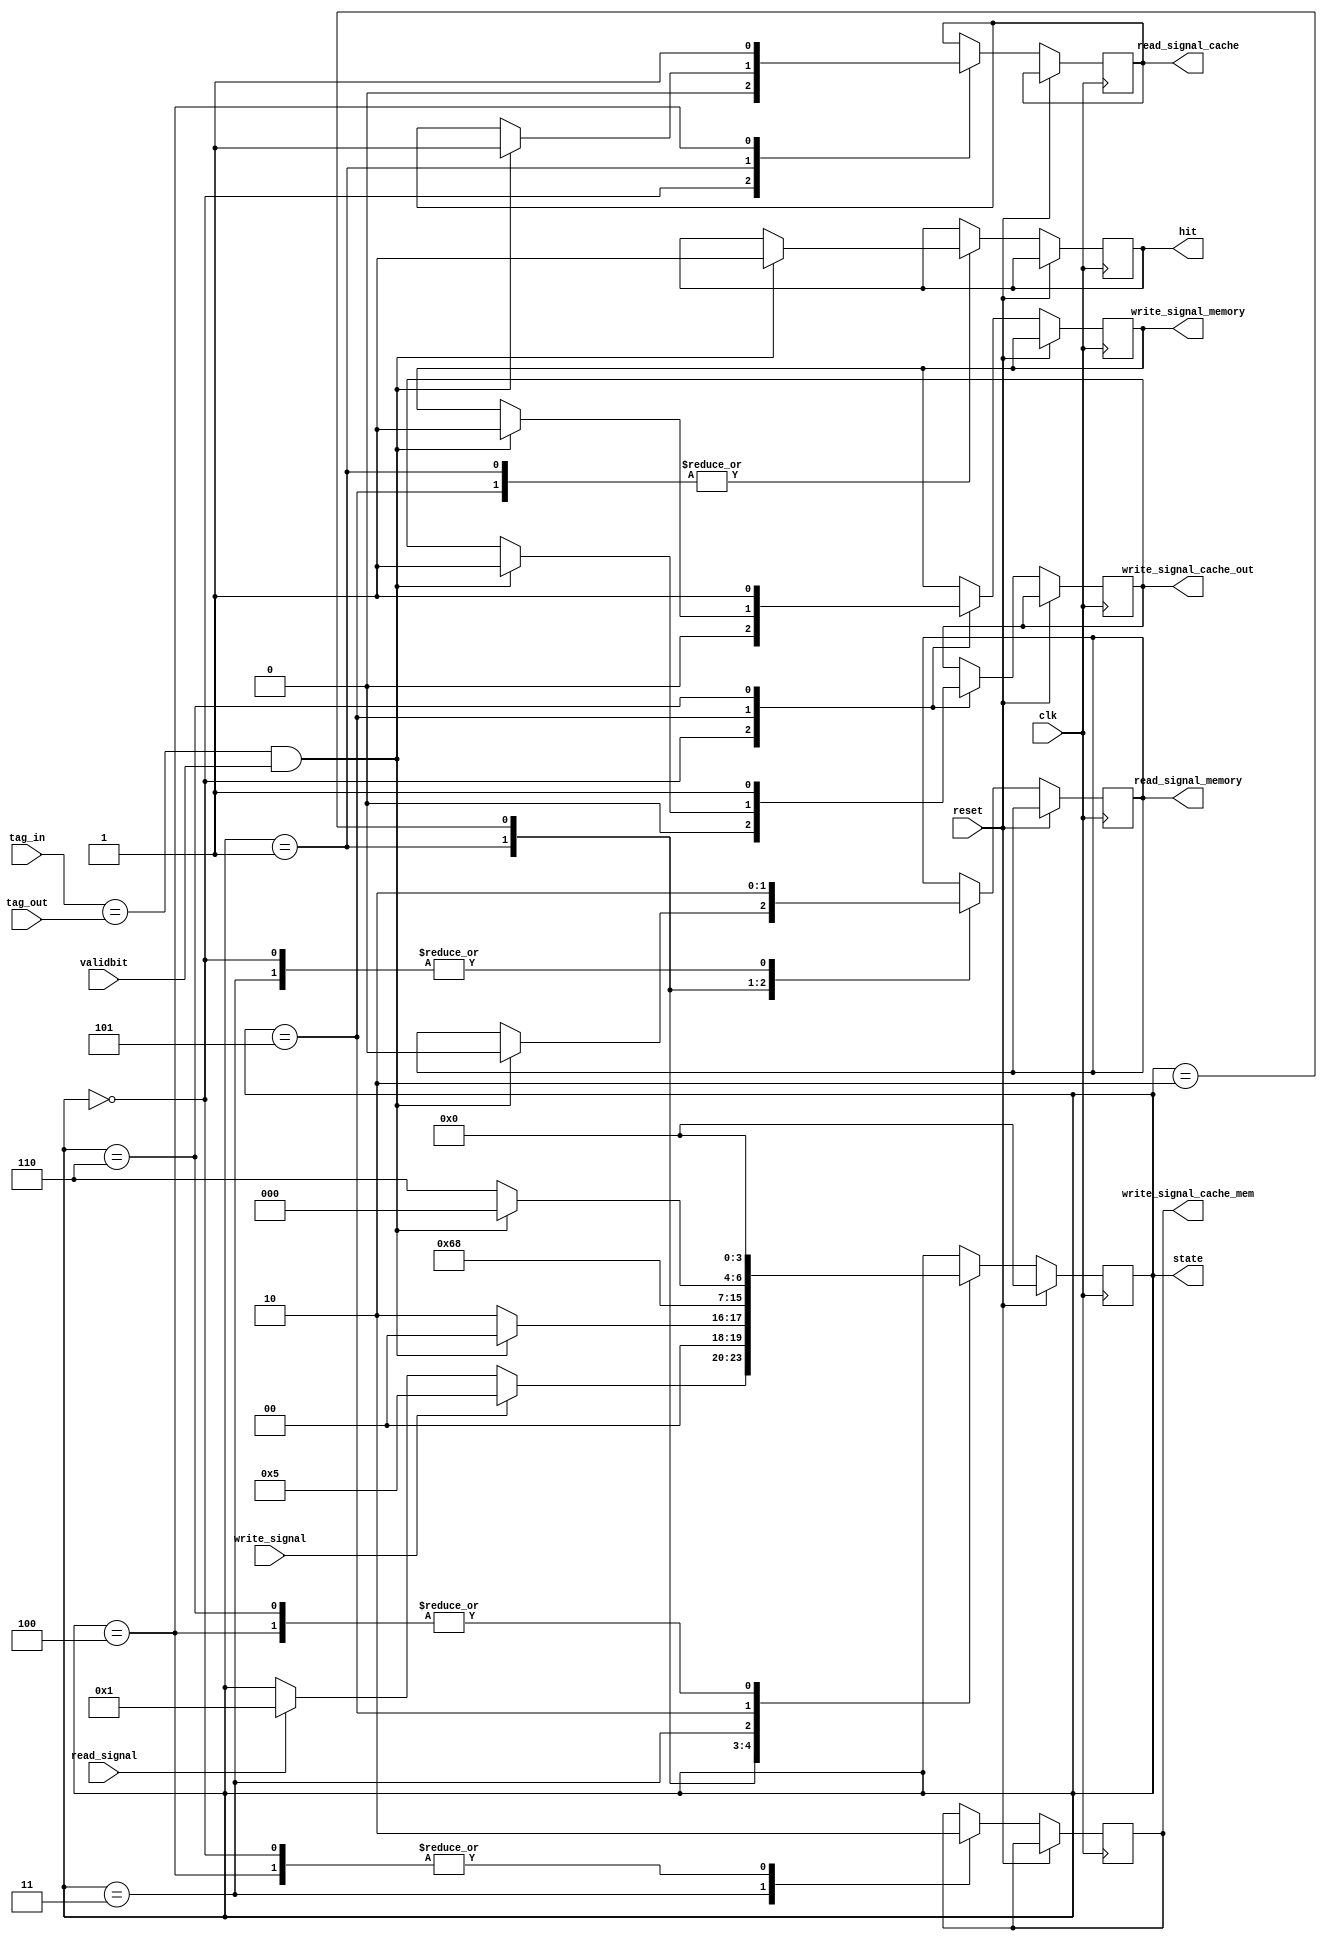
module control(clk,reset,state,hit,read_signal,write_signal,read_signal_cache,write_signal_cache_mem,write_signal_cache_out,read_signal_memory,write_signal_memory,validbit,tag_in,tag_out);

parameter memory_bits = 5;
parameter index = 3;
parameter cache_size = 8;

input reset;
input clk;
output[3:0] state;
output hit;
input read_signal;
input write_signal;
output read_signal_cache;
output write_signal_cache_mem;
output write_signal_cache_out;
output read_signal_memory;
output write_signal_memory;
input validbit;
input[memory_bits-index-1:0] tag_in;
input[memory_bits-index-1:0] tag_out;

reg[3:0] state;
reg hit;
reg read_signal_cache;
reg write_signal_cache_mem;
reg read_signal_memory;
reg write_signal_memory;
reg write_signal_cache_out;

always@(posedge clk)
		begin
		//		state = state + 1;
		if(reset==1)
		state = 0;
		else
		begin
case(state)
	0:begin	
			write_signal_cache_out = 0;
			write_signal_memory = 0;
			read_signal_cache = 0;
			write_signal_cache_mem = 0;
			read_signal_memory = 0;
	if(read_signal==1)      // go to read state
			state = 1;
	if(write_signal==1)
			state = 5;
	end		
	1: begin
		if(tag_in==tag_out&&validbit==1)
		 begin
			   hit = 1;
			   read_signal_cache = 1;
			   read_signal_memory = 0;
			   state = 0;
		 end
		else
		begin
	     	state = 2;
		end
	   end
	  //8:begin
	    //  state = 8;
	  //end
	2:begin
				read_signal_memory = 1;
				//write_signal_cache_mem = 1;
		        state = 3;  
	 end
	3:begin 
				read_signal_memory = 0;
				write_signal_cache_mem = 1;
				state = 4;
	  end
	4:begin
				write_signal_cache_mem = 0;
				read_signal_cache = 1;
				state = 0;
	  end
	5:begin
				if(tag_in==tag_out&&validbit==1)
				begin
				 hit = 1;
				 write_signal_cache_out = 1;
				 write_signal_memory = 1;
				 state = 0;
				end
				else 
				    state = 6;
	  end
	6:begin
				write_signal_cache_out = 1;
				write_signal_memory = 1;
				state = 0;
	  end
	  
endcase
end
		end
initial begin
//$monitor("%d %d %d",validbit,tag_out,state);
//$monitor("%d %d",write_signal_cache_out,write_signal_cache_out);
end
endmodule